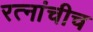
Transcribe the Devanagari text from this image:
रत्नांचीच